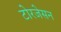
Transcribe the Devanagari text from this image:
टोरजेसन